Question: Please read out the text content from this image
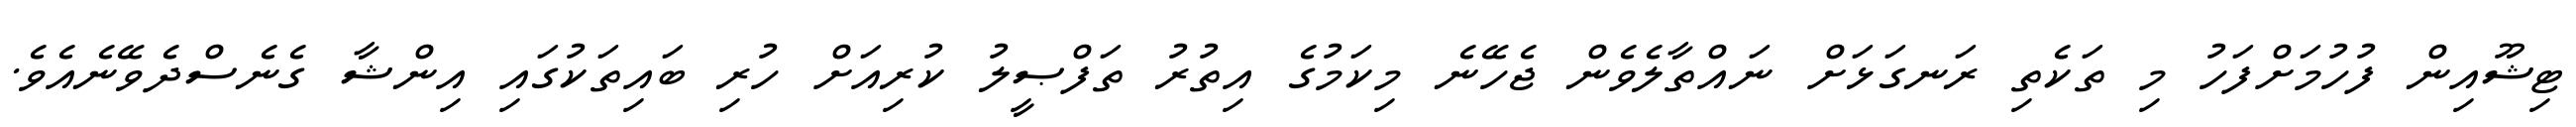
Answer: ޓިޝޫއިން ފުހުމަށްފަހު މި ތަކެތި ރަނގަޅަށް ނައްތާލެވެން ޖެހޭނެ މިކަމުގެ އިތުރު ތަފްޞީލު ކުރިއަށް ހުރި ބައިތަކުގައި އިންޝާ ގެނެސްދެވޭނެއެވެ.